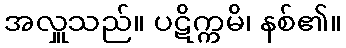
အလှူသည်။ ပဋိက္ကမိ၊ နစ်၏။